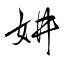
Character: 妌